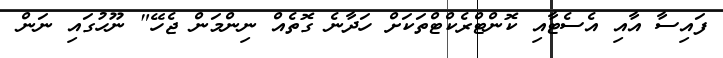
ފައިސާ އާއި އެސެޓާއި ކޮންޓްރެކްޓްތަކަށް ހަދާނެ ގޮތެއް ނިންމަން ޖެހޭ" ނޫހުގައި ނަން